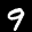
Label: 9